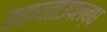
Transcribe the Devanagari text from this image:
सहायताउपलब्ध